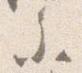
参